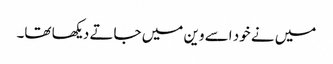
میں نے خود اسے وین میں جاتے دیکھا تھا۔